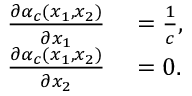
\begin{array} { r l } { \frac { \partial \alpha _ { c } ( x _ { 1 } , x _ { 2 } ) } { \partial x _ { 1 } } } & { { } = \frac { 1 } { c } , } \\ { \frac { \partial \alpha _ { c } ( x _ { 1 } , x _ { 2 } ) } { \partial x _ { 2 } } } & { { } = 0 . } \end{array}